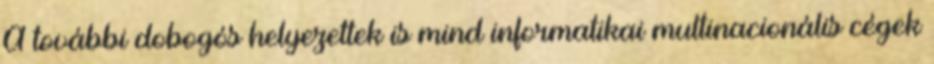
A további dobogós helyezettek is mind informatikai multinacionális cégek